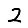
Digit: 2